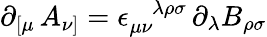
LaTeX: \partial_{[\mu}\, A_{\nu]}=\epsilon_{\mu\nu}^{\phantom{\mu\nu}\lambda\rho\sigma}\, \partial_{\lambda}B_{\rho\sigma}